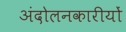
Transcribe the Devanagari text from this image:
अंदोलनकारीयों